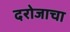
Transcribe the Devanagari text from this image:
दरोजाचा